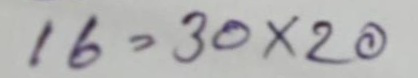
16 = 30x20